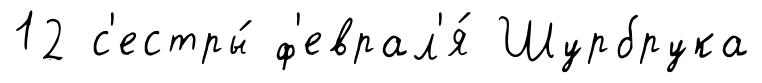
12 с'естры́ ф'еврал'я́ Шурбрука